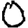
Digit: 0